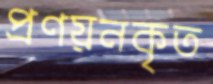
প্রণয়নকৃত